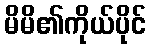
မိမိ၏ကိုယ်ပိုင်